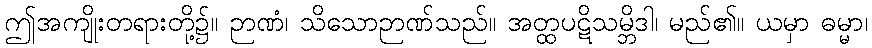
ဤအကျိုးတရားတို့၌။ ဉာဏံ၊ သိသောဉာဏ်သည်။ အတ္ထပဋိသမ္ဘိဒါ၊ မည်၏။ ယမှာ ဓမ္မာ၊